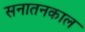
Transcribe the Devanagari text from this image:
सनातनकाल